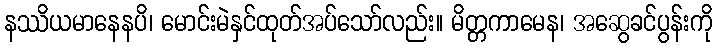
နဿိယမာနေနပိ၊ မောင်းမဲနှင်ထုတ်အပ်သော်လည်း။ မိတ္တကာမေန၊ အဆွေခင်ပွန်းကို